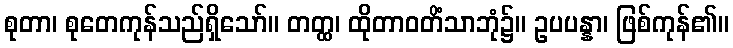
စုတာ၊ စုတေကုန်သည်ရှိသော်။ တတ္ထ၊ ထိုတာဝတိံသာဘုံ၌။ ဥပပန္နာ၊ ဖြစ်ကုန်၏။